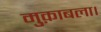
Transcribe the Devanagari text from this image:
मुक़ाबला।